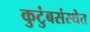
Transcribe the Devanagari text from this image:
कुटुंबसंस्थेत